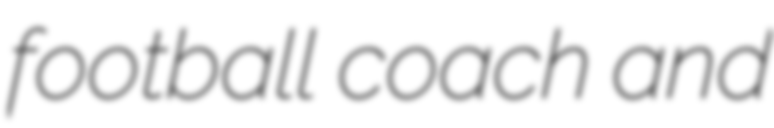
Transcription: football coach and